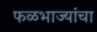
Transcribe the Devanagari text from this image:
फळभाज्यांचा